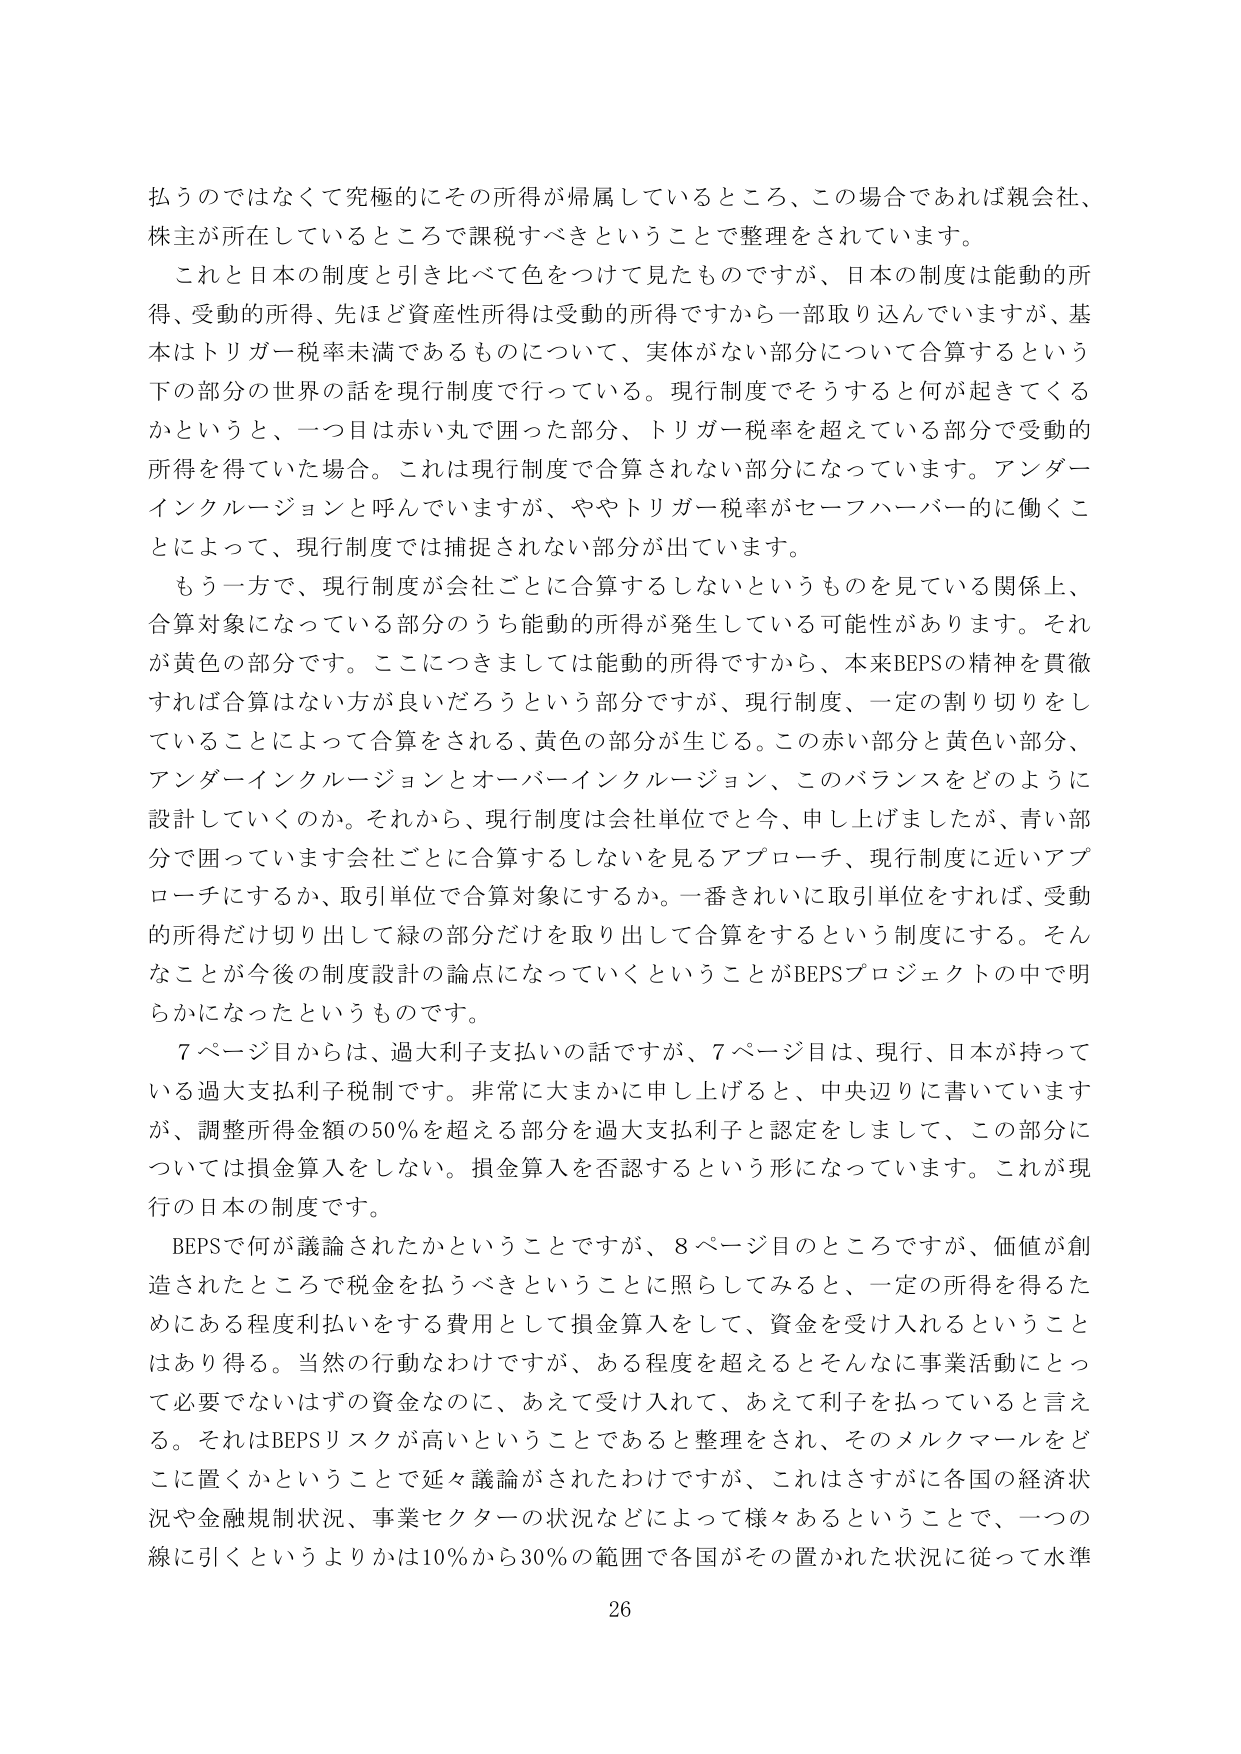
払うのではなくて究極的にその所得が帰属しているところ、この場合であれば親会社、株主が所在しているところで課税すべきということで整理をされています。

これと日本の制度と引き比べて色をつけて見たものですが、日本の制度は能動的所得、受動的所得、先ほど資産性所得は受動的所得ですから一部取り込んでいますが、基本はトリガー税率未満であるものについて、実体がない部分について合算するという下の部分の世界の話を現行制度で行っている。現行制度でそうすると何が起きてくるかというと、一つ目は赤い丸で囲った部分、トリガー税率を超えている部分で受動的所得を得ていた場合。これは現行制度で合算されない部分になっています。アンダーインクルージョンと呼んでいますが、ややトリガー税率がセーフハーバー的に働くことによって、現行制度では捕捉されない部分が出ています。

もう一方で、現行制度が会社ごとに合算するしないというものを見ている関係上、合算対象になっている部分のうち能動的所得が発生している可能性があります。それが黄色の部分です。ここにつきましては能動的所得ですから、本来BEPSの精神を貫徹すれば合算はない方が良いだろうという部分ですが、現行制度、一定の割り切りをしていることによって合算をされる、黄色の部分が生じる。この赤い部分と黄色い部分、アンダーインクルージョンとオーバーインクルージョン、このバランスをどのように設計していくのか。それから、現行制度は会社単位でと今、申し上げましたが、青い部分で囲っています会社ごとに合算するしないを見るアプローチ、現行制度に近いアプローチにするか、取引単位で合算対象にするか。一番きれいに取引単位をすれば、受動的所得だけ切り出して緑の部分だけを取り出して合算をするという制度にする。そんなことが今後の制度設計の論点になっていくということがBEPSプロジェクトの中で明らかになったというものです。

7ページ目からは、過大利子支払いの話ですが、7ページ目は、現行、日本が持っている過大支払利子税制です。非常に大まかに申し上げると、中央辺りに書いていますが、調整所得金額の50％を超える部分を過大支払利子と認定をしまして、この部分については損金算入をしない。損金算入を否認するという形になっています。これが現行の日本の制度です。

BEPSで何が議論されたかということですが、8ページ目のところですが、価値が創造されたところで税金を払うべきということに照らしてみると、一定の所得を得るためにある程度利払いをする費用として損金算入をして、資金を受け入れるということはあり得る。当然の行動なわけですが、ある程度を超えるとそんなに事業活動にとって必要ではないはずの資金なのに、あえて受け入れて、あえて利子を払っていると言える。それはBEPSリスクが高いということであると整理をされ、そのメルクマールをどこに置くかということで延々議論がされたわけですが、これはさすがに各国の経済状況や金融規制状況、事業セクターの状況などによって様々あるということで、一つの線に引くというよりかは10％から30％の範囲で各国がその置かれた状況に従って水準

26